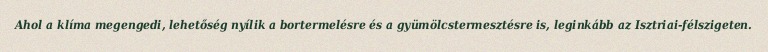
Ahol a klíma megengedi, lehetőség nyílik a bortermelésre és a gyümölcstermesztésre is, leginkább az Isztriai-félszigeten.